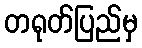
တရုတ်ပြည်မှ